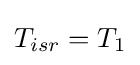
{T_{isr}}={T_{1}}